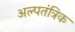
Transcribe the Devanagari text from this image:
अल्पतंत्रिक